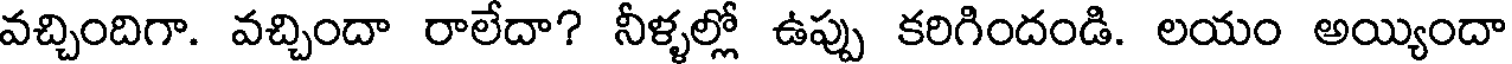
వచ్చిందిగా. వచ్చిందా రాలేదా? నీళ్ళల్లో ఉప్పు కరిగిందండి. లయం అయ్యిందా